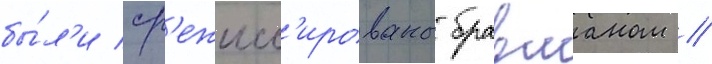
бы́л'и ср'ежисс'ированы бравманом /